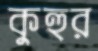
কুহুর